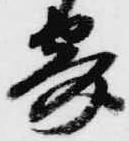
寄